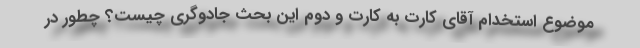
موضوع استخدام آقای کارت به کارت و دوم این بحث جادوگری چیست؟ چطور در